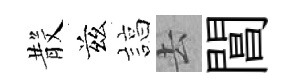
𣪚兹諄去閶